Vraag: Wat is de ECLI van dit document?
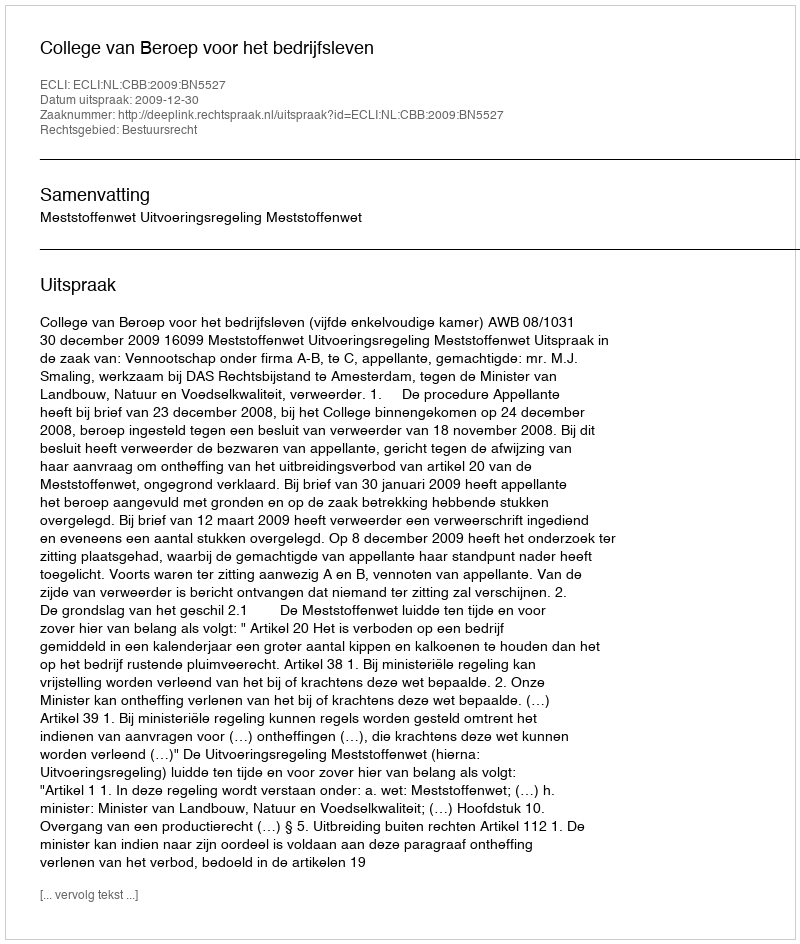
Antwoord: ECLI:NL:CBB:2009:BN5527